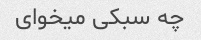
چه سبکی میخوای